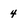
Character: 4